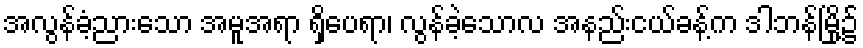
အလွန်ခံ့ညားသော အမူအရာ ရှိပေရာ၊ လွန်ခဲ့သောလ အနည်းငယ်ခန့်က ဒါဘန်မြို့၌